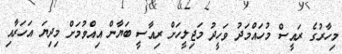
މިހާރުގެ ރައީސް މުހައްމަދު ވަހީދު މަޖިލީހަށް ރިއާސީ ބަޔާން އިއްވުމަށް މިދިޔަ އަހަރާއި